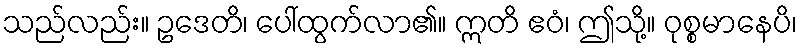
သည်လည်း။ ဥဒေတိ၊ ပေါ်ထွက်လာ၏။ ဣတိ ဧဝံ၊ ဤသို့။ ဝုစ္စမာနေပိ၊